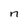
Character: n